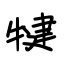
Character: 犍